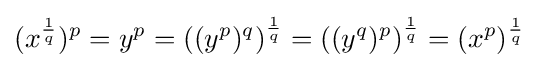
(x^{\frac {1}{q}})^{p}=y^{p}=\left((y^{p})^{q}\right)^{\frac {1}{q}}=\left((y^{q})^{p}\right)^{\frac {1}{q}}=(x^{p})^{\frac {1}{q}}